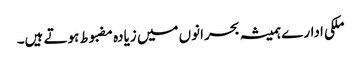
ملکی ادارے ہمیشہ بحرانوں میں زیادہ مضبوط ہوتے ہیں۔